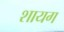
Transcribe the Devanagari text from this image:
शायग